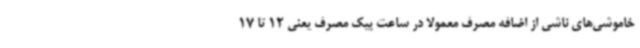
خاموشی‌های ناشی از اضافه مصرف معمولا در ساعت پیک مصرف یعنی 12 تا 17